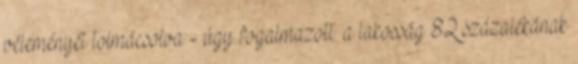
véleményét tolmácsolva - úgy fogalmazott: a lakosság 82 százalékának